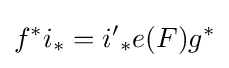
f^{*}i_{*}={i'}_{*}e(F)g^{*}